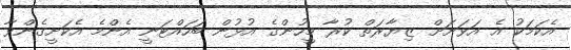
އެކަމަކު އެ އަވަށަށް ޒިޔާރަތް ކުރާ މީހުންގެ އުޅުން ބަހައްޓަނީ އެންމެ އެކަށީގެންވާ